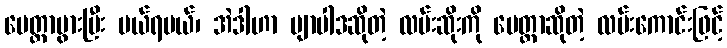
မေတ္တာပွားပြီး ပယ်ရမယ်၊ အဲဒါဟာ ဗျာပါဒဆိုတဲ့ လမ်းဆိုးကို မေတ္တာဆိုတဲ့ လမ်းကောင်းဖြင့်